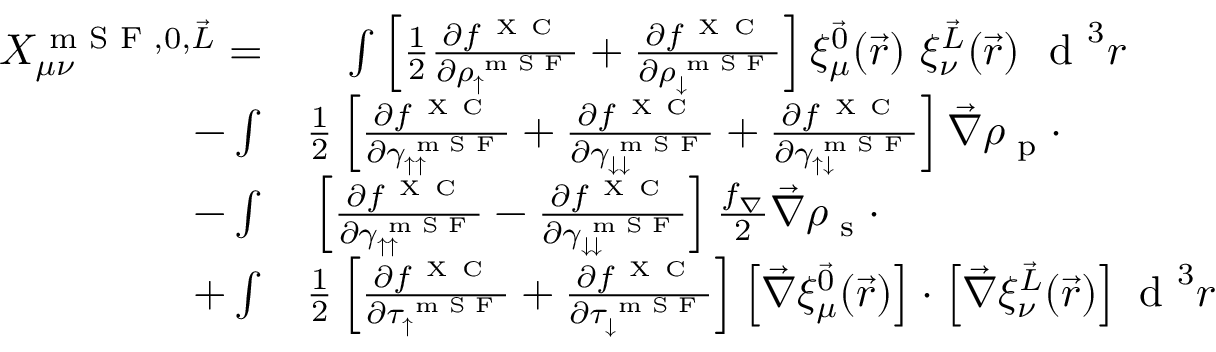
\begin{array} { r l } { X _ { \mu \nu } ^ { \textrm { m S F } , 0 , \vec { L } } = } & { { } \phantom { + } \int \left[ \frac { 1 } { 2 } \frac { \partial f ^ { \mathrm { ~ X ~ C ~ } } } { \partial \rho _ { \uparrow } ^ { \textrm { m S F } } } + \frac { \partial f ^ { \mathrm { ~ X ~ C ~ } } } { \partial \rho _ { \downarrow } ^ { \textrm { m S F } } } \right] \xi _ { \mu } ^ { \vec { 0 } } ( \vec { r } ) ~ \xi _ { \nu } ^ { \vec { L } } ( \vec { r } ) ~ \textrm { d } ^ { 3 } r } \\ { - \int } & { { } \frac { 1 } { 2 } \left[ \frac { \partial f ^ { \mathrm { ~ X ~ C ~ } } } { \partial \gamma _ { \uparrow \uparrow } ^ { \textrm { m S F } } } + \frac { \partial f ^ { \mathrm { ~ X ~ C ~ } } } { \partial \gamma _ { \downarrow \downarrow } ^ { \textrm { m S F } } } + \frac { \partial f ^ { \mathrm { ~ X ~ C ~ } } } { \partial \gamma _ { \uparrow \downarrow } ^ { \textrm { m S F } } } \right] \vec { \nabla } \rho _ { \textrm { p } } \cdot } \\ { - \int } & { { } \left[ \frac { \partial f ^ { \mathrm { ~ X ~ C ~ } } } { \partial \gamma _ { \uparrow \uparrow } ^ { \textrm { m S F } } } - \frac { \partial f ^ { \mathrm { ~ X ~ C ~ } } } { \partial \gamma _ { \downarrow \downarrow } ^ { \textrm { m S F } } } \right] \frac { f _ { \nabla } } { 2 } \vec { \nabla } \rho _ { \textrm { s } } \cdot } \\ { + \int } & { { } \frac { 1 } { 2 } \left[ \frac { \partial f ^ { \mathrm { ~ X ~ C ~ } } } { \partial \tau _ { \uparrow } ^ { \textrm { m S F } } } + \frac { \partial f ^ { \mathrm { ~ X ~ C ~ } } } { \partial \tau _ { \downarrow } ^ { \textrm { m S F } } } \right] \left[ \vec { \nabla } \xi _ { \mu } ^ { \vec { 0 } } ( \vec { r } ) \right] \cdot \left[ \vec { \nabla } \xi _ { \nu } ^ { \vec { L } } ( \vec { r } ) \right] \textrm { d } ^ { 3 } r } \end{array}